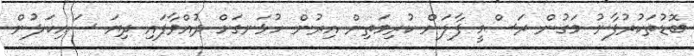
ބޮޑުތަކުރުފާނު މަގުން ރަސްމީ ފާލަން ކުރިމަތިން އިރުން ހުޅަނގަށް ދުއްވާފައި ދިޔަ ސައިކަލުން